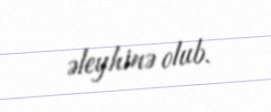
əleyhinə olub.